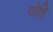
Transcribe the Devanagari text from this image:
वोहि